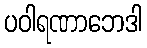
ပဝါရဏာဘေဒါ